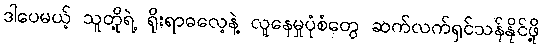
ဒါပေမယ့် သူတို့ရဲ့ ရိုးရာဓလေ့နဲ့ လူနေမှုပုံစံတွေ ဆက်လက်ရှင်သန်နိုင်ဖို့